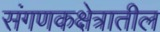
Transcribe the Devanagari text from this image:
संगणकक्षेत्रातील